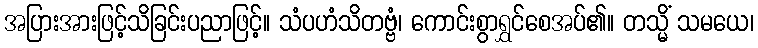
အပြားအားဖြင့်သိခြင်းပညာဖြင့်။ သံပဟံသိတဗ္ဗံ၊ ကောင်းစွာရွှင်စေအပ်၏။ တသ္မိံ သမယေ၊